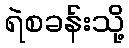
ရဲစခန်းသို့